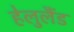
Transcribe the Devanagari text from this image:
हेलुलैंड